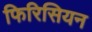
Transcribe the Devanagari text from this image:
फिरिसियन